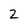
Character: Z